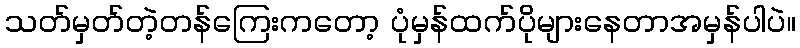
သတ်မှတ်တဲ့တန်ကြေးကတော့ ပုံမှန်ထက်ပိုများနေတာအမှန်ပါပဲ။